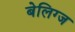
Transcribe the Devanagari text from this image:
बेलिग्ज